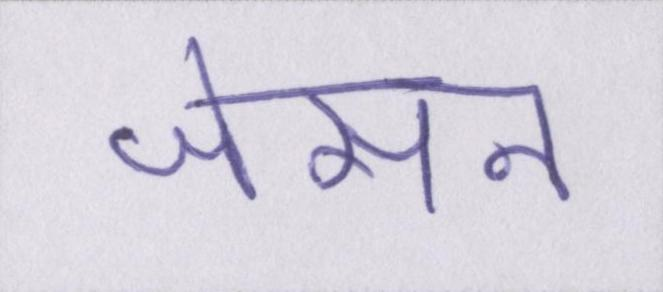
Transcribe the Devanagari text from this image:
जेसन